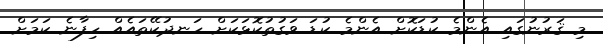
މި ޤަރުނުގައި އެންމެ ކުޑަކޮށް އެންމެ ކުޑަ ވަގުތުކޮޅަކަށް ހަނދުކޭތައެއް ހިފާނެ ކަމަށް